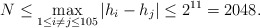
\begin{align*}N \leq \max_{1 \leq i \neq j \leq 105} |h_i - h_j| \leq 2^{11} = 2048.\end{align*}